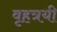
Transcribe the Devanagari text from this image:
वृहत्रयी